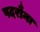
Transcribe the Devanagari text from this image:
पदरौना